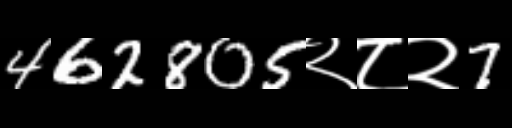
Text: 462805२८२7